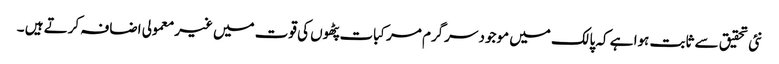
نئی تحقیق سے ثابت ہوا ہے کہ پالک میں موجود سرگرم مرکبات پٹھوں کی قوت میں غیرمعمولی اضافہ کرتے ہیں ۔